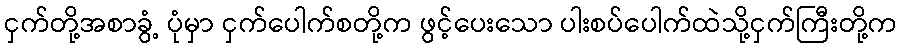
ငှက်တို့အစာခွံ့ ပုံမှာ ငှက်ပေါက်စတို့က ဖွင့်ပေးသော ပါးစပ်ပေါက်ထဲသို့ငှက်ကြီးတို့က